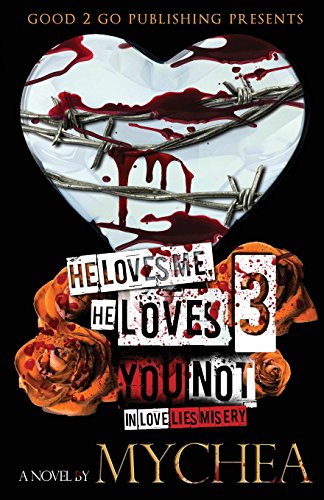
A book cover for He Loves Me, He Loves You Not PT 3; Mychea; Mystery, Thriller & Suspense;